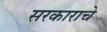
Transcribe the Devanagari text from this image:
सरकाराचे